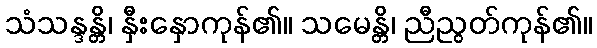
သံသန္ဒန္တိ၊ နှီးနှောကုန်၏။ သမေန္တိ၊ ညီညွတ်ကုန်၏။